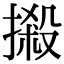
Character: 摋